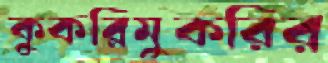
কুকরিমুকরির